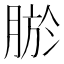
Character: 𮌠